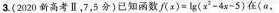
3.(2020新高考Ⅱ，7，5分)已知函数$$f ( x ) = \lg _ { } { x ^ { 2 } - 4 x - 5 }$$ 在(a，